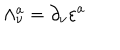
LaTeX: \Lambda _ { \nu } ^ { a } = \partial _ { \nu } \varepsilon ^ { a }